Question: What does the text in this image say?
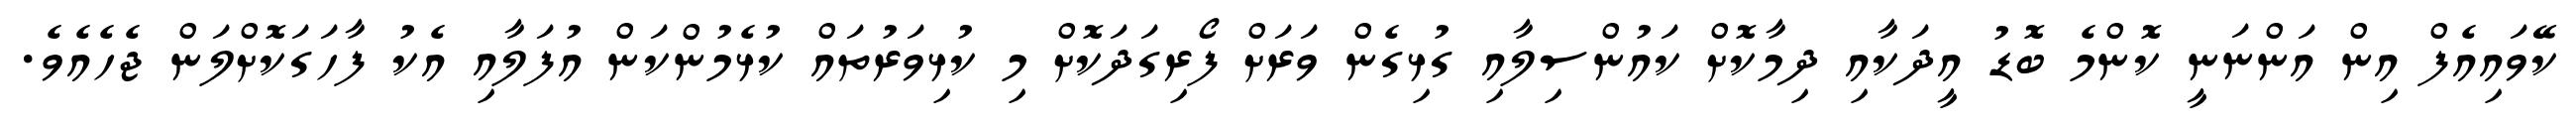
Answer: ކޭވައިއެފް އިން އަންނަނީ ކޮންމެ ބޮޑު އީދަކާއި ދިމާކޮށް ކައުންސިލާއި ގުޅިގެން ވަރަށް ފޯރިގަދަކޮށް މި ކުޅިވަރުތައް ކުޅެމުންކަން އުފަލާއި އެކު ފާހަގަކޮށްލަން ޖެހެއެވެ.